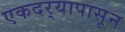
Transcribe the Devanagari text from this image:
एकदर्‍यापासून